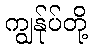
ကျွန်ုပ်တို့